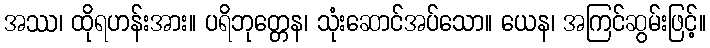
အဿ၊ ထိုရဟန်းအား။ ပရိဘုတ္တေန၊ သုံးဆောင်အပ်သော။ ယေန၊ အကြင်ဆွမ်းဖြင့်။